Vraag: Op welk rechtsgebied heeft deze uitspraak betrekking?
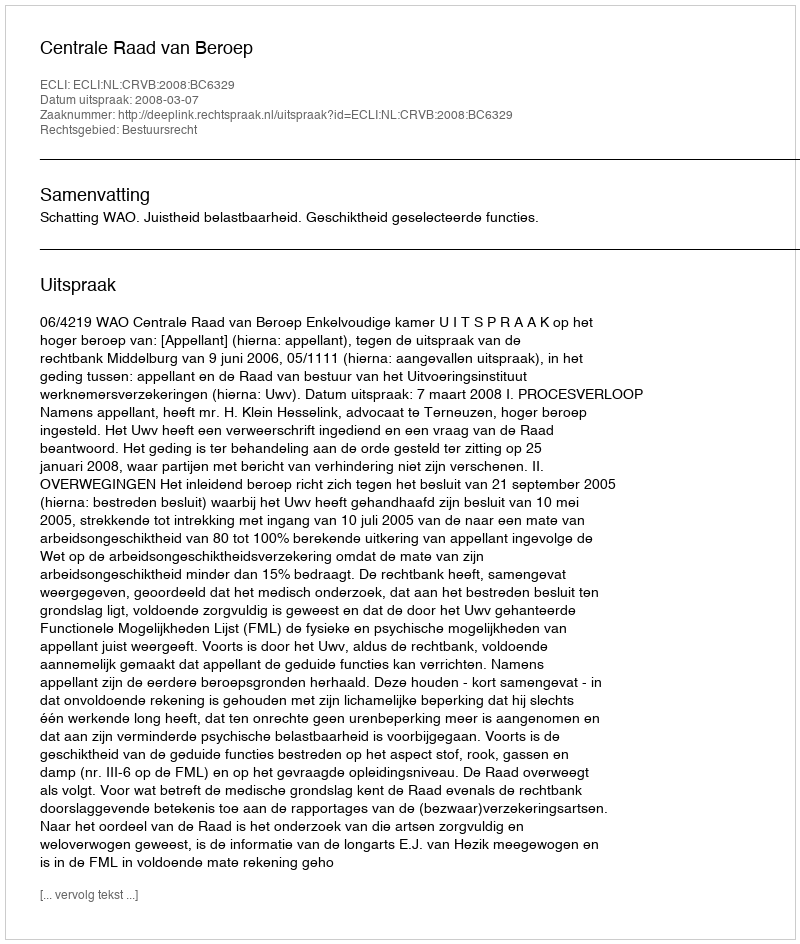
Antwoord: Bestuursrecht